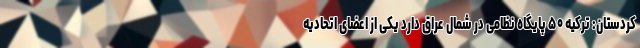
کردستان: ترکیه ۵۰ پایگاه نظامی در شمال عراق دارد یکی از اعضای اتحادیه